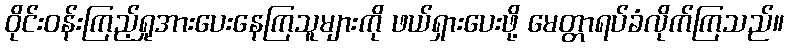
ဝိုင်းဝန်းကြည့်ရှုအားပေးနေကြသူများကို ဖယ်ရှားပေးဖို့ မေတ္တာရပ်ခံလိုက်ကြသည်။